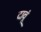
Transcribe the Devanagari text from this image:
दावूं